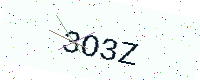
Text: 3O3Z